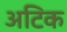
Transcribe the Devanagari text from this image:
अटिक